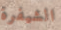
الشيفرة